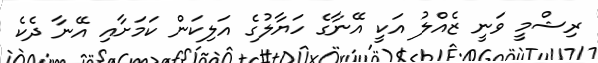
ރިޝްމީ ވަނީ ޒެއްލު އަކީ އޭނާގެ ހަޔާލުގެ އަލިކަން ކަމަށާއި އޭނާ ދެކެ